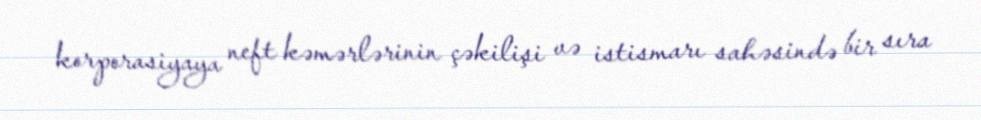
korporasiyaya neft kəmərlərinin çəkilişi və istismarı sahəsində bir sıra